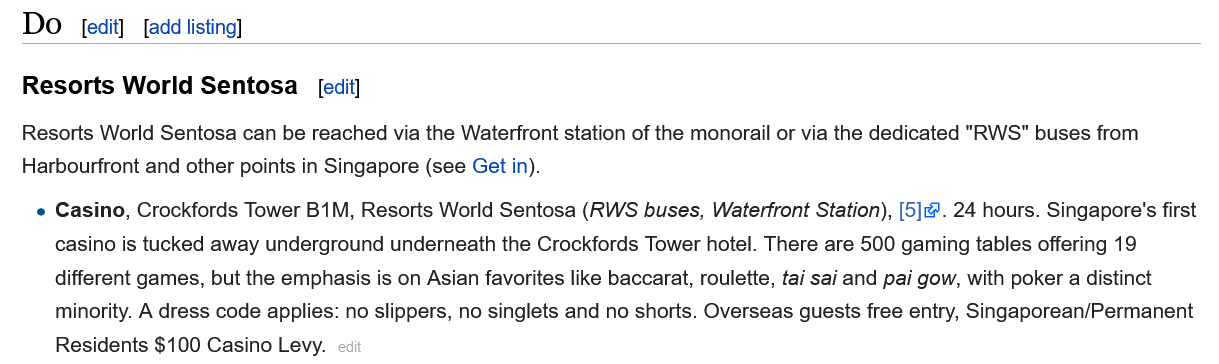
Resorts  World  Sentosa
   Resorts World Sentosa can be reached via the Waterfront station of the monorail or via the dedicated "RWS" buses from
   Harbourfront and other points in Singapore (see Get in).
     Casino, Crockfords Tower B1M, Resorts World Sentosa (RWS buses, Waterfront Station), [5]. 24 hours. Singapore's first
     casino is tucked away underground underneath the Crockfords Tower hotel. There are 500 gaming tables offering 19
     different games, but the emphasis is on Asian favorites like baccarat, roulette, tai sai and pai gow, with poker a distinct
     minority. A dress code applies: no slippers, no singlets and no shorts. Overseas guests free entry, Singaporean/Permanent
     Residents $100 Casino Levy.
     [edit] [add listing]
     [edit]